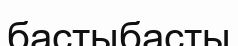
бастыбасты